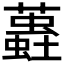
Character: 𧒨